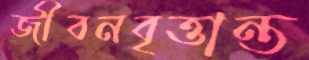
জীবনবৃত্তান্ত